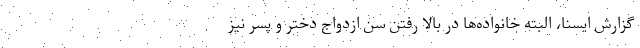
گزارش ایسنا، البته خانواده‌ها در بالا رفتن سن ازدواج دختر و پسر نیز